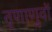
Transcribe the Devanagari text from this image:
तृणाणुवों